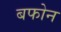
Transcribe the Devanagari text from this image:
बफोन